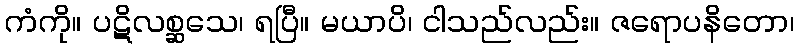
ကံကို။ ပဋိလစ္ဆသေ၊ ရပြီ။ မယာပိ၊ ငါသည်လည်း။ ဇရောပနိတော၊